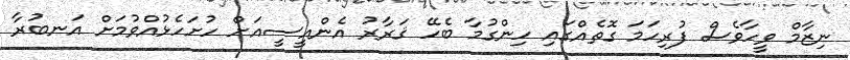
ނިޒާމް ވީހާވެސް ފުރިހަމަ ގޮތެއްގައި ހިންގުމާ ބެހޭ ޤަރާރު އެންއީސީއަށް ހުށަހެޅުއްވުމަށް އަނބުރާ